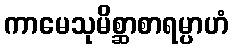
ကာမေသုမိစ္ဆာစာရမ္ပာဟံ